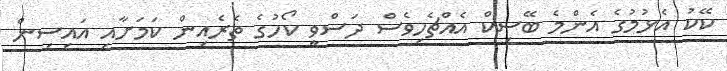
ކޭކު އެޅުމުގެ އެންމެ ބޭސިކް އެއްޗެހިވެސް ދަސްވީ ކޯހުގެ ތެރެއިން ކަމަށާއި އައިސިން